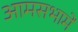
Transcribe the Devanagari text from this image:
आमसभामें